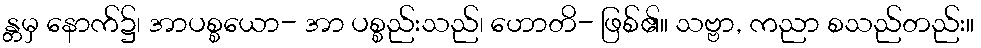
န္တမှ နောက်၌၊ အာပစ္စယော- အာ ပစ္စည်းသည်၊ ဟောတိ- ဖြစ်၏။ သဗ္ဗာ, ကညာ စသည်တည်း။